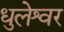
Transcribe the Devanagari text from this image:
धुलेश्वर